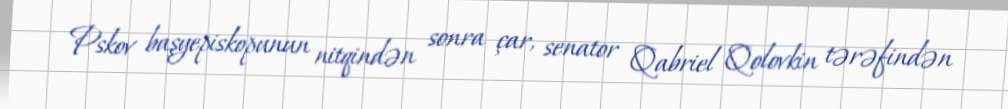
Pskov başyepiskopunun nitqindən sonra çar, senator Qabriel Qolovkin tərəfindən